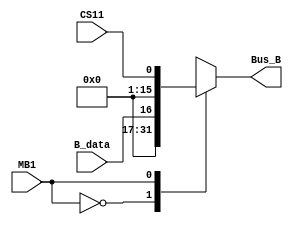
`timescale 1ns / 1ps
//////////////////////////////////////////////////////////////////////////////////
// Company: 
// Engineer: 
// 
// Design Name: 
// Module Name: MUX_B
// Project Name: 
// Target Devices: 
// Tool Versions: 
// Description: 
// 
// Dependencies: 
// 
// Revision:
// Revision 0.01 - File Created
// Additional Comments:
// 
//////////////////////////////////////////////////////////////////////////////////


module MUX_B(
    input B_data,
    input CS11, // constant unit
    input MB1,
    output [15:0] Bus_B

    );
    
    reg [15:0] result;
    assign Bus_B = result;

 
   always@(*)
    begin
        case (MB1)
             
        0: result = B_data;  
        1: result = CS11; 
        
        endcase
    end
    
endmodule